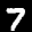
Label: 7